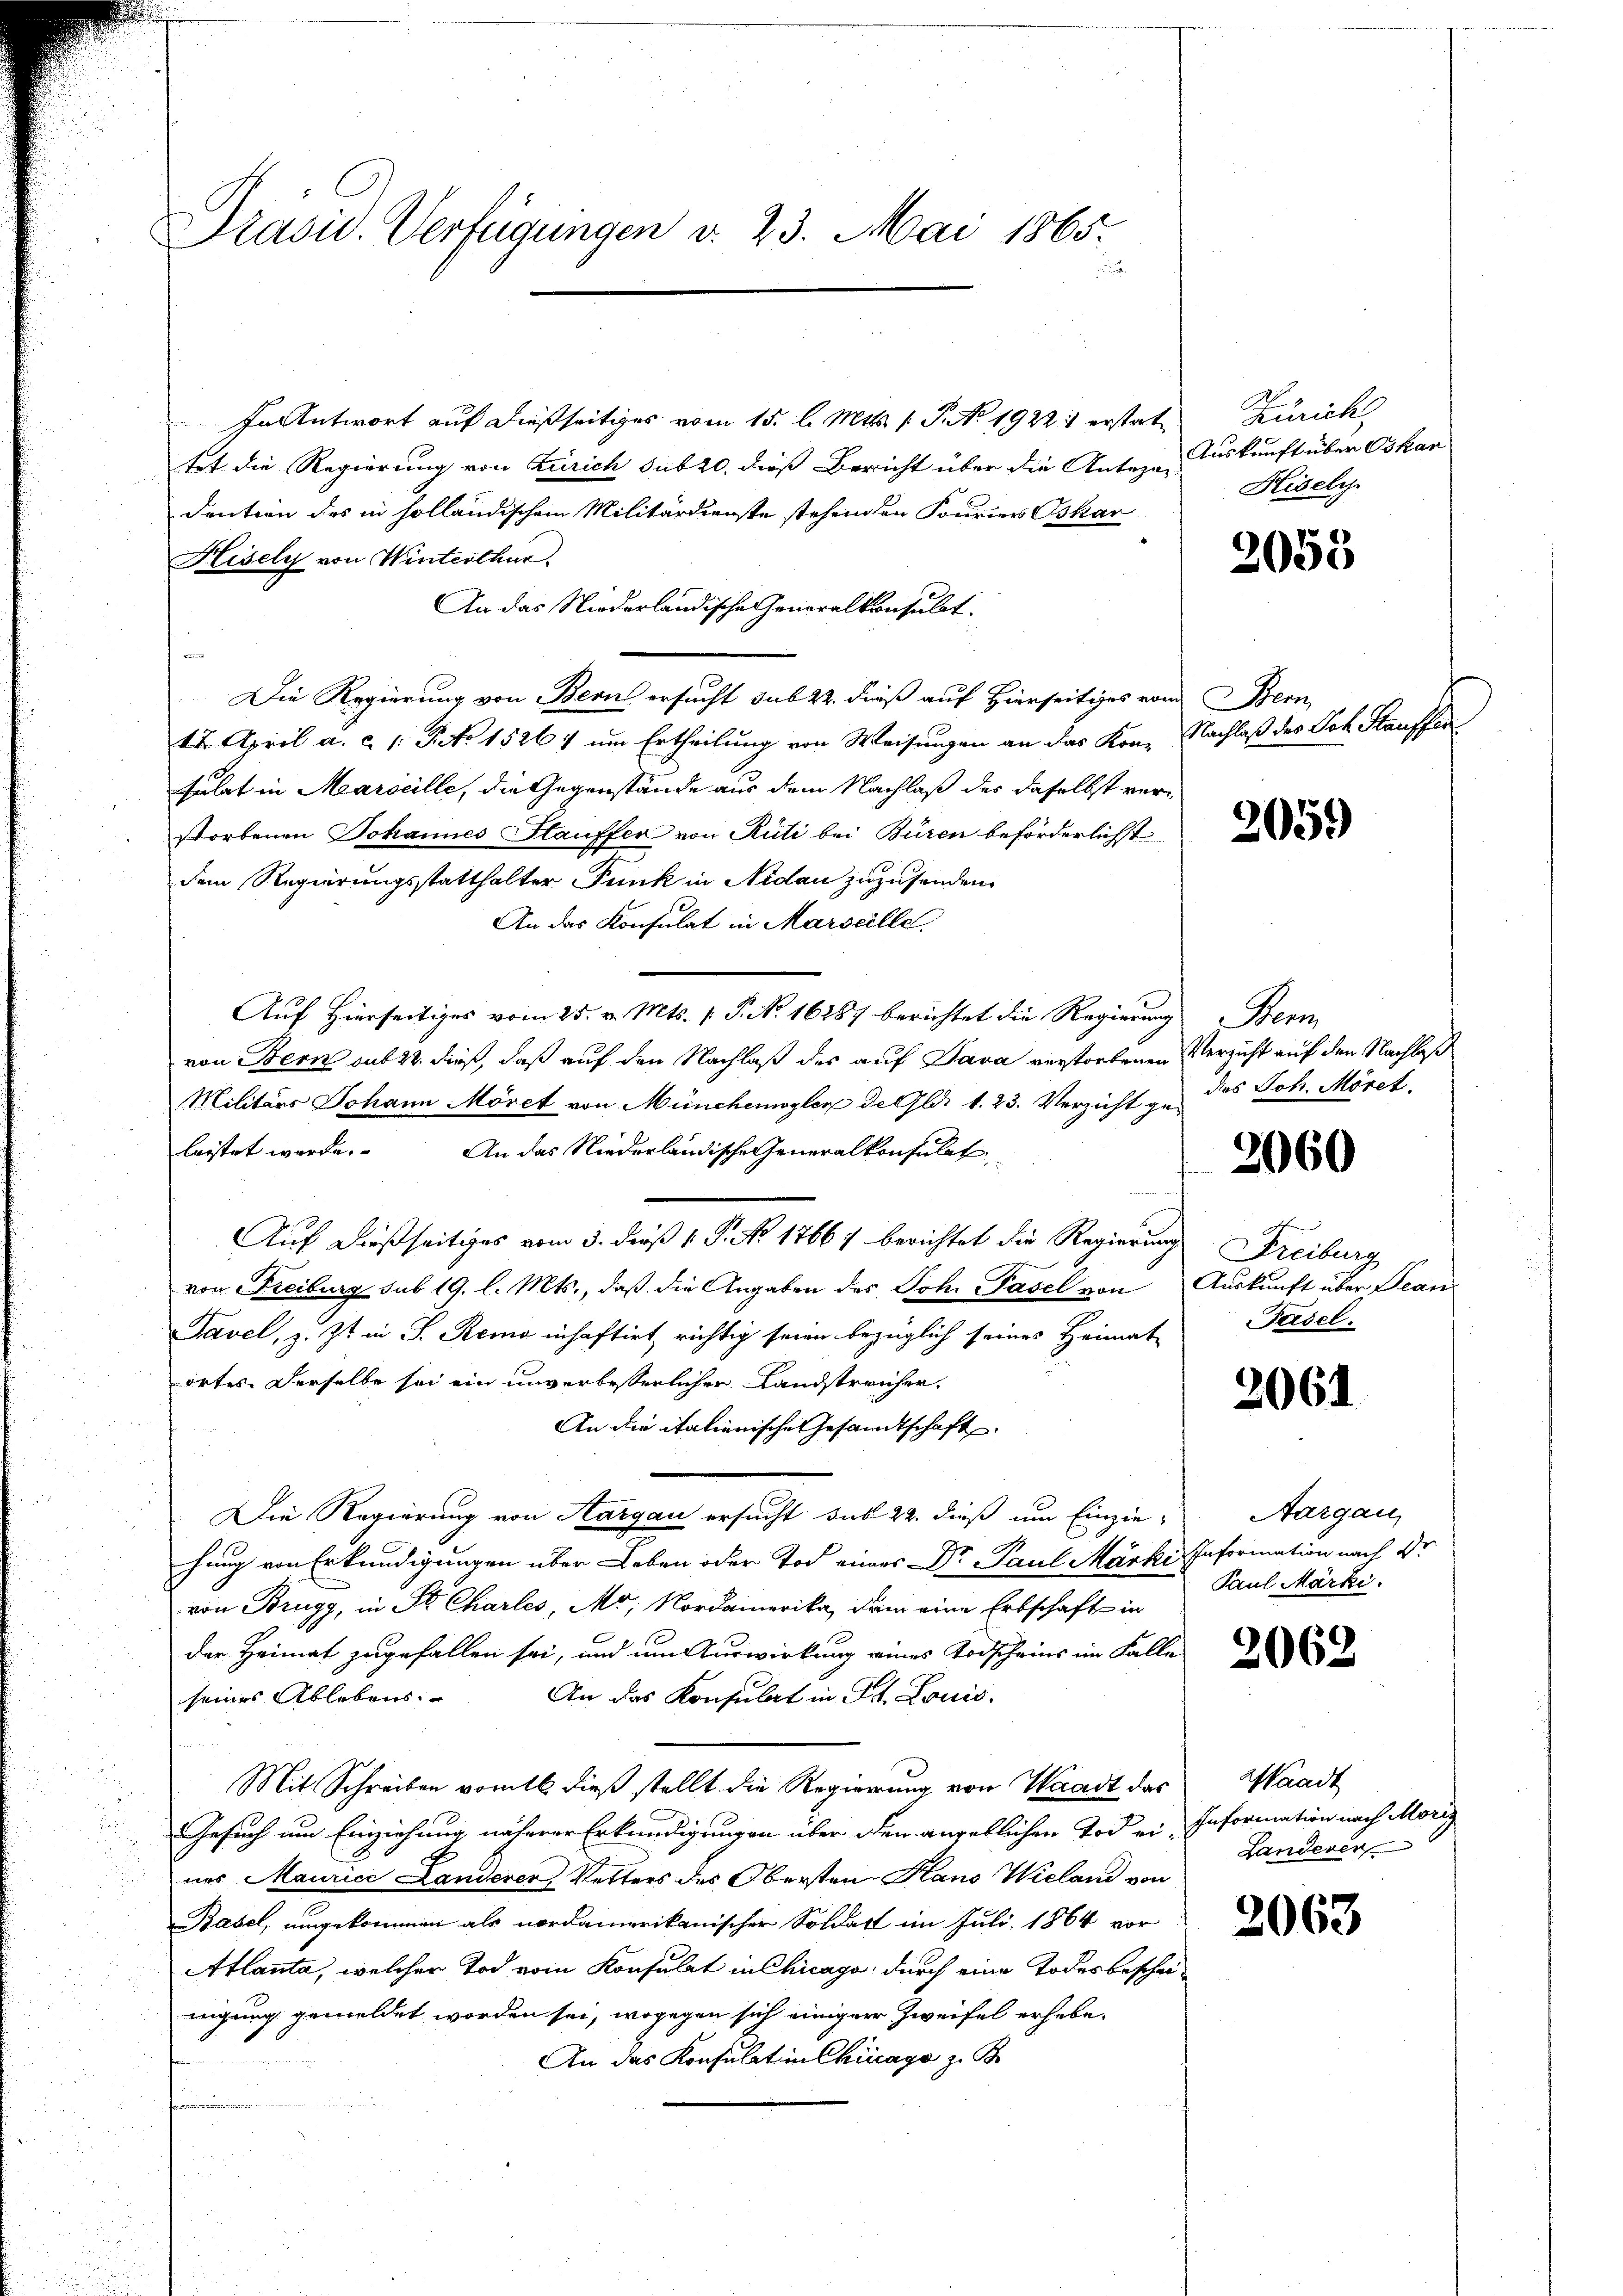
Präsid. Verfügungen v. 23. Mai 1865.
e

In Antwort auf dießseitiges vom 15. l. Mts. 1. P. No. 1922 : erstat
tet die Regierung von Zürich sub 20. dieß Bericht über die Antezadention des in solländischem Militärdienste stehenden Fourier Oskar
Hisely von Winterthur.
An das Niederländische Generalkonsulat.
Die Regierung von Bern ersucht sub 22. dieß auf Hierseitiges vom Bem
12. April a. c. 1: P. No 1526 7 um Ertheilung von Weisungen an das Kon- Nachlaß des Joh. Stauffer
Gelat in Marseille, die Gegenstände aus dem Nachlaß des daselbst verstorbenen Johannes Stauffer von Rüti bei Büren beförderlichst
dem Regierungsstatthalter Funk in Nidau zuzusenden.
An das Konsulat in Marseille.
Auf Hierseitiges vom 25. v. Mts. 1. P. No 16287 berichtet die Regierung Bern
von Bern sub 22. dieß, daß auf den Nachlaß des auf Java verstorbenen Verzicht auf den Nachlaß
Militärs Johann Möret von Münchemoyler de Gli v. 23. Verzicht zu des Joh. Möret
lastet werde. An das Niederländische Generalkonsulat
Auf dießseitiges vom 3. dieß P. No 1766) berichtet die Regierung
von Freiburg sub 19. l. Mts., daß die Angaben des Joh. Pasel von
Tavel, z. Zt. in J. Remo inhaftirt, richtig seien bezüglich seines Heimat
ortes. Derselbe sei ein unverbesserlicher Landstreicher.
An die italienisches Gesandtschaft
Die Regierung von Aargau ersucht sub 22. dieß um Einzie-Aargau,
hung von Erkundigungen über Leben oder Tod eines Dr Paul Märki Information nach Dr
von Brugg, in St. Charles, Mo; Nordamerika, dem eine Erbschaft in
der Heimat zugefallen sei, und um Auswirkung eines Todscheins im Falle
An das Konsulat in St. Louis.
seines Ablebens
Mit Schreiben vom 16. dieß stellt die Regierung von Waadt das
Gesuch um Einziehung näherer Erkundigungen über den angeblichen Tod ei Information nach Morig
nes Maurice Landerer Vetters des Obersten Hans Wieland von
Basel, umgekommen als nordamerikanischer Soldat im Juli 1864 vor
Atlanta, welcher Tod vom Konsulat in Chicago durch eine Todesbescheinigung gemeldet worden sei, wogegen sich einiger Zweifel erhebe¬
An das Konsulat in Chicago z. B.
d

Zürich,
Auskunft über Oskan
Hisely

2053

205.)

2060

Freiburg
Auskunft über Bean
Fersel

2061

Paul Märki.

2062

Waadt
Landeren

2063